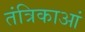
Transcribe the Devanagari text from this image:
तंत्रिकाआं